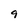
Character: 9